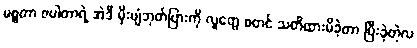
မစ္စတာ ဇပါတာရဲ့ အဲဒီ မိုးပျံဘုတ်ပြားကို လူတွေ စတင် သတိထားမိခဲ့တာ ပြီးခဲ့တဲ့လ